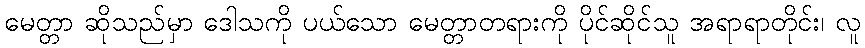
မေတ္တာ ဆိုသည်မှာ ဒေါသကို ပယ်သော မေတ္တာတရားကို ပိုင်ဆိုင်သူ အရာရာတိုင်း၊ လူ